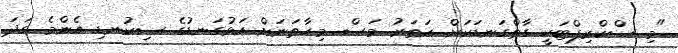
"މި ސްކްރިޕްޓަކީ ގާތްގަނޑަކަށް ހަތަރު މަސް. މިހާތަނަށް އަޅުގަނޑުގެ ސިކުނޑި އެންމެ ގަދަ